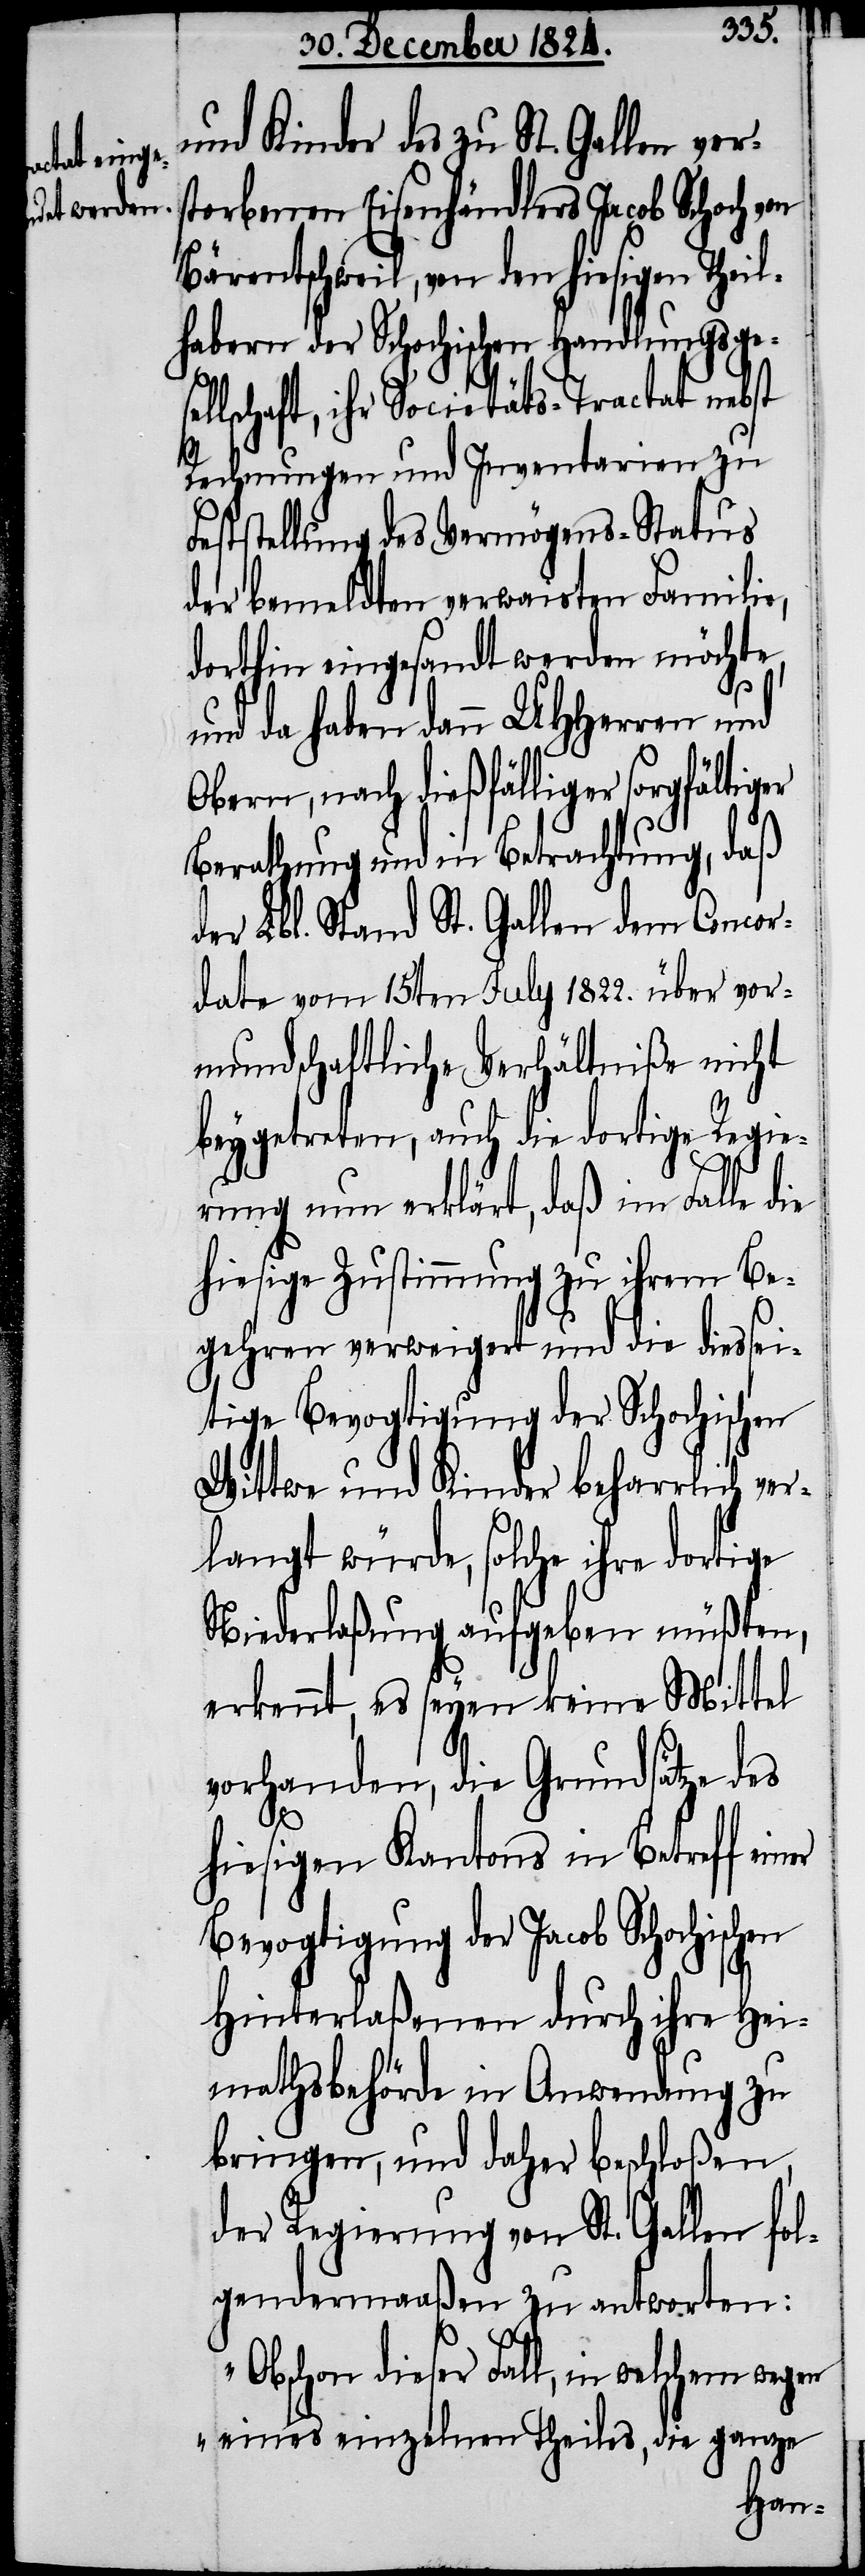
und Kinder des zu St. Gallen ver¬
torbenen Eisenhändlers Jacob Schoch
Bärentschweil, von den hiesigen Theil¬
habern der Schochischen Handlungsgese¬
llschaft, ihr Societäts-Tractat nebst
Rechnungen und Inventarien zu
Feststellung des Vermögens-Status
der bemeldten verwaisten Familie,
dorthin eingesandt werden möchte,
und da haben dann UHHerren und
Obern, nach dießfälliger sorgfältig¬
Berathung und in Betrachtung, daß
der Lbl. Stand St. Gallen dem Concor¬
date vom 15ten July 1822. über vor¬
mundschaftliche Verhältniße nicht
beygetreten, auch die dortige Regie¬
rung nun erklärt, daß im Falle die
hiesige Zustimmung zu ihrem Be¬
gehren verweigert und die diessei¬
tige Bevogtigung der Schochischen
Wittwe und Kinder beharrlich ver¬
langt würde, solche ihre dortige
Niederlaßung aufgeben müßten,
erkennt, es seyen keine Mittel
vorhanden, die Grundsätze des
hiesigen Kantons in Betreff ein¬
Bevogtigung der Jacob Schochischen
er
Hinterlaßenen durch ihre He¬
imathsbehörde in Anwendung zu
bringen, und daher beschloßen,
der Regierung von St. Gallen fol¬
gendermaaßen zu antworten:
„Obschon dieser Fall, in welchem wegen
eines einzelnen Theiles, die ganze